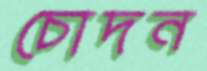
চোদন